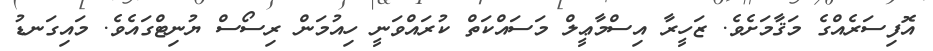
އޮފިސަރެއްގެ މަޤާމަށެވެ. ޒަހީރާ އިސްމާޢީލް މަސައްކަތް ކުރައްވަނީ ހިއުމަން ރިސޯސް ޔުނިޓްގައެވެ. މައިގަނޑު